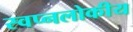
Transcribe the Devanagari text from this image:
स्वप्नलोकीय